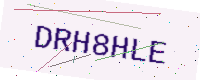
Text: DRH8HLE